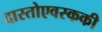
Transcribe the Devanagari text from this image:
दास्तोएवस्ककी